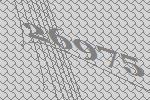
26975